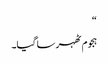
“
ہجوم ٹھہر سا گیا۔